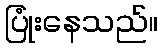
ပြုံးနေသည်။